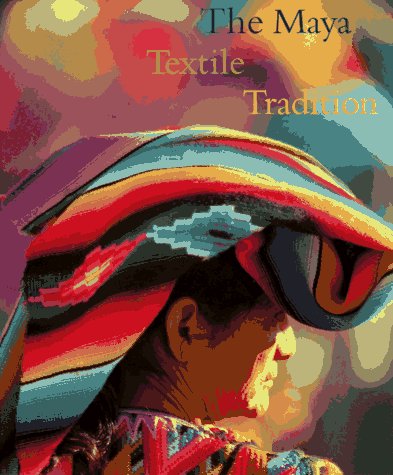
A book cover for Maya Textile Tradition; Jeffrey Jay Foxx; History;